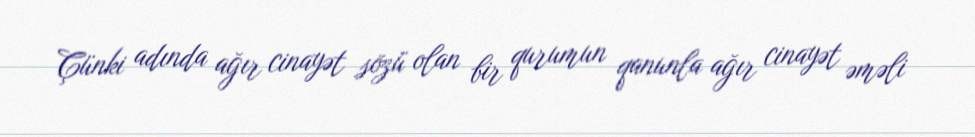
Çünki adında ağır cinayət sözü olan bir qurumun qanunla ağır cinayət əməli